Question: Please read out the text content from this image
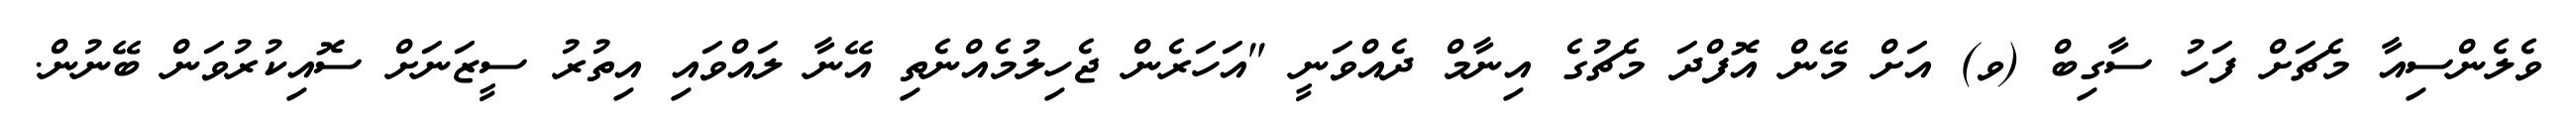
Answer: ވެލެންސިއާ މެޗަށް ފަހު ސާގިބް (ވ) އަށް މޭން އޮފްދަ މެޗުގެ އިނާމް ދެއްވަނީ "އަހަރެން ޖެހިލުމެއްނެތި އޭނާ ލައްވައި އިތުރު ސީޒަނަށް ސޮއިކުރުވަން ބޭނުން.